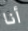
أنا